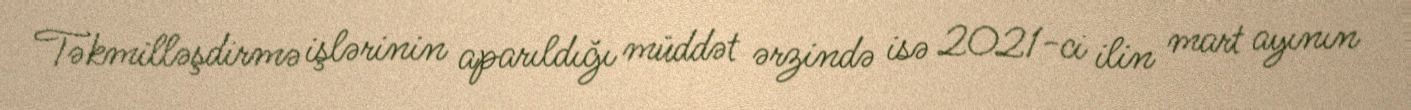
Təkmilləşdirmə işlərinin aparıldığı müddət ərzində isə 2021-ci ilin mart ayının